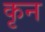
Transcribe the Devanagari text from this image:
कृन